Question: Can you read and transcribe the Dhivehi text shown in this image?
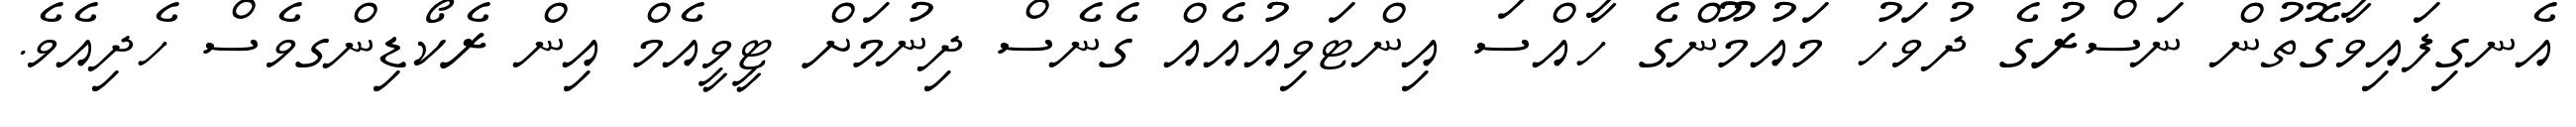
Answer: އެނގިފައިވާގޮތުން ނަސްރުގެ ދުވަހު މައުމޫންގެ ހާއްސަ އިންޓަވިއުއެއް ގެނެސް ދިނުމަށް ޓީވީއެމް އިން ރެކޯޑިންގވެސް ހެދިއެވެ.